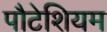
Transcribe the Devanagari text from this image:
पौटेशियम